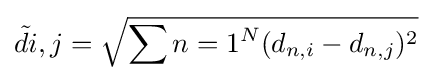
{\tilde {d}}{i,j}={\sqrt {\sum {n=1}^{N}(d_{n,i}-d_{n,j})^{2}}}